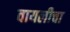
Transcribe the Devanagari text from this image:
वायलीचा